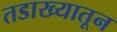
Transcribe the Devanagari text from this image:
तडाख्यातून